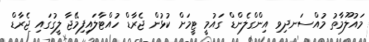
މައުލޫމާތު މުއްސަނދިވި އިންގްލެންޑް ގައުމީ ޓީމަށް ކުޅުން ޖެރާޑް ހުއްޓާލައިފިމޭޖާ ލީގުގައި ޖެރާޑް